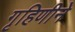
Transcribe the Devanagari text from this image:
गृहिणीने